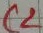
Text: C2